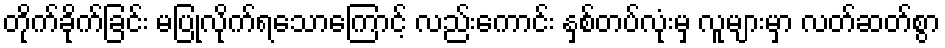
တိုက်ခိုက်ခြင်း မပြုလိုက်ရသောကြောင့် လည်းကောင်း နှစ်တပ်လုံးမှ လူများမှာ လတ်ဆတ်စွာ